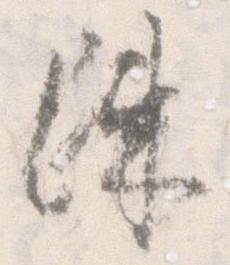
疎